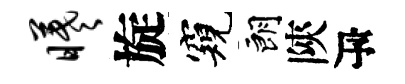
曦旋窺朗陝瓴